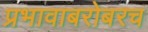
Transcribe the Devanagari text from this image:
प्रभावाबरोबरच